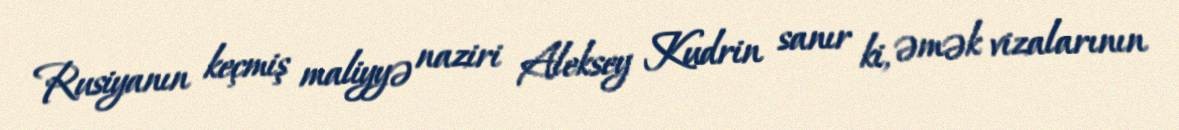
Rusiyanın keçmiş maliyyə naziri Aleksey Kudrin sanır ki, əmək vizalarının